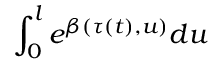
\int _ { 0 } ^ { l } e ^ { \beta ( \tau ( t ) , u ) } d u